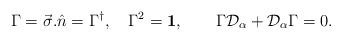
LaTeX: \begin{align*}\Gamma = \vec{\sigma}.\hat{n} = \Gamma^{\dagger}, \quad \Gamma^2 ={\bf 1},\qquad \Gamma {\cal D}_\alpha + {\cal D}_\alpha \Gamma =0.\end{align*}